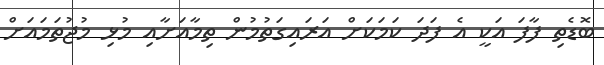
ބޮޑެތި ފާފަ އަކީ އެ ފަދަ ކަމަކަށް އަރައިގަތުމުން ތިމާއަށާއި މުޅި މުޖުތަމައަށް